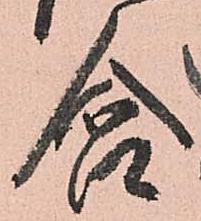
含